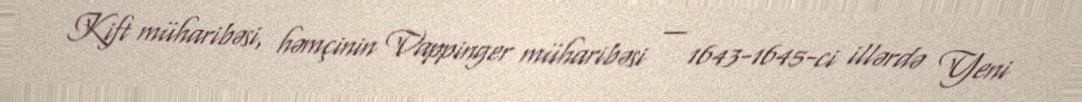
Kift müharibəsi, həmçinin Vappinger müharibəsi — 1643-1645-ci illərdə Yeni